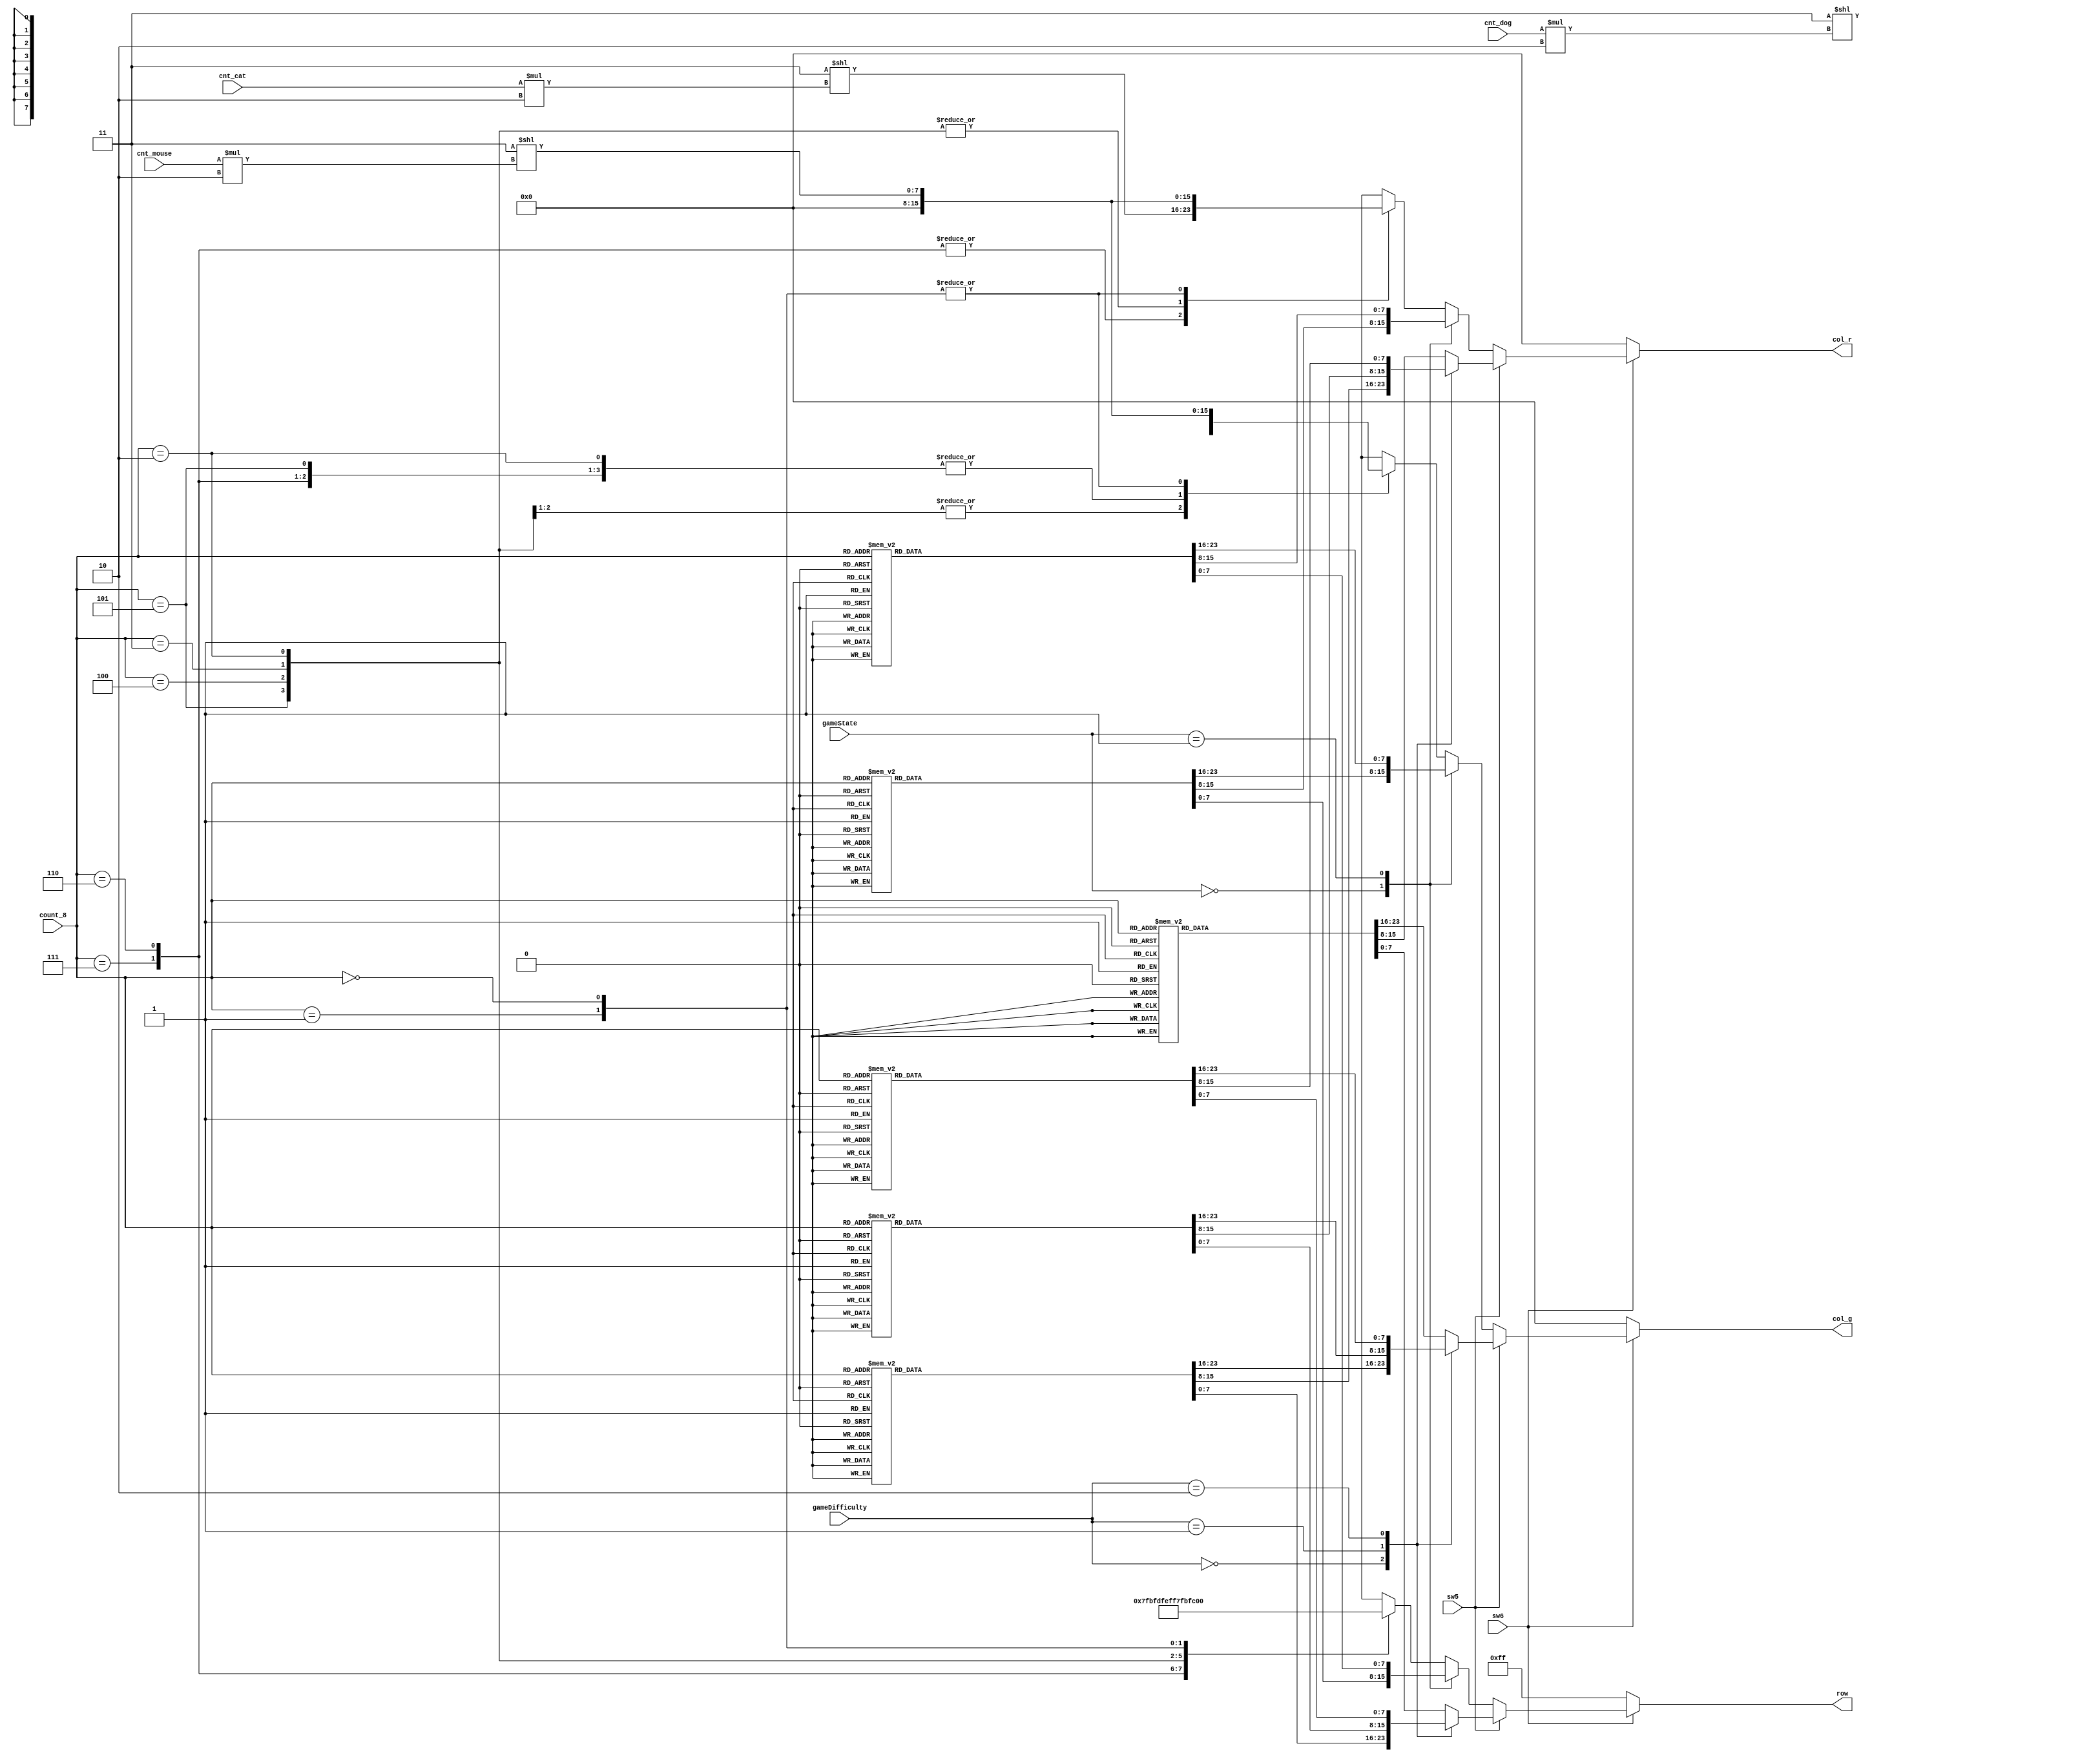
/**
 * DotMatrix
 * 
 */
module DotMatrix(
  input [2:0] count_8,
  input sw6,
  input sw5,
  input [1:0] gameDifficulty,
  input [1:0] gameState,

	input [1:0] cnt_cat,
	input [1:0] cnt_dog,
	input [1:0] cnt_mouse,

  output reg [7:0] row,
  output reg [7:0] col_r,
  output reg [7:0] col_g
);

always @(*)begin
	case (sw6)
		1'd1: 
			case (sw5)
				1'd1:
					case (gameDifficulty)
						0:				//  0
							case(count_8)
								3'd7:begin row = 8'b0111_1111;col_r = 8'b0000_0000;col_g = 8'b0000_0000;end
								3'd6:begin row = 8'b1011_1111;col_r = 8'b0000_0000;col_g = 8'b0000_0000;end
								3'd5:begin row = 8'b1101_1111;col_r = 8'b0000_0000;col_g = 8'b0000_0000;end
								3'd4:begin row = 8'b1110_1111;col_r = 8'b0000_0000;col_g = 8'b0000_0000;end
								3'd3:begin row = 8'b1111_0111;col_r = 8'b0000_0000;col_g = 8'b0010_0010;end
								3'd2:begin row = 8'b1111_1011;col_r = 8'b0000_0000;col_g = 8'b0110_1010;end
								3'd1:begin row = 8'b1111_1101;col_r = 8'b0000_0000;col_g = 8'b1110_1111;end
								3'd0:begin row = 8'b1111_1110;col_r = 8'b0000_0000;col_g = 8'b1111_1111;end
							endcase
						1:				//  1
							case(count_8)
								3'd7:begin row = 8'b0111_1111;col_r = 8'b0000_0000;col_g = 8'b0000_0000;end
								3'd6:begin row = 8'b1011_1111;col_r = 8'b0000_0000;col_g = 8'b0000_0000;end
								3'd5:begin row = 8'b1101_1111;col_r = 8'b0000_0000;col_g = 8'b1000_1000;end
								3'd4:begin row = 8'b1110_1111;col_r = 8'b0000_0000;col_g = 8'b1010_1010;end
								3'd3:begin row = 8'b1111_0111;col_r = 8'b0000_0000;col_g = 8'b1010_1011;end
								3'd2:begin row = 8'b1111_1011;col_r = 8'b0000_0000;col_g = 8'b1111_1111;end
								3'd1:begin row = 8'b1111_1101;col_r = 8'b0000_0000;col_g = 8'b1111_1111;end
								3'd0:begin row = 8'b1111_1110;col_r = 8'b0000_0000;col_g = 8'b1111_1111;end
							endcase
						2:				//  2
							case(count_8)
								3'd7:begin row = 8'b0111_1111;col_r = 8'b0000_0000;col_g = 8'b0000_0000;end
								3'd6:begin row = 8'b1011_1111;col_r = 8'b0000_0000;col_g = 8'b0000_0000;end
								3'd5:begin row = 8'b1101_1111;col_r = 8'b1000_1000;col_g = 8'b1000_1000;end
								3'd4:begin row = 8'b1110_1111;col_r = 8'b1010_1010;col_g = 8'b1010_1010;end
								3'd3:begin row = 8'b1111_0111;col_r = 8'b1010_1011;col_g = 8'b1010_1011;end
								3'd2:begin row = 8'b1111_1011;col_r = 8'b1111_1111;col_g = 8'b1111_1111;end
								3'd1:begin row = 8'b1111_1101;col_r = 8'b1111_1111;col_g = 8'b1111_1111;end
								3'd0:begin row = 8'b1111_1110;col_r = 8'b1111_1111;col_g = 8'b1111_1111;end
							endcase
						default:		//  3
							case(count_8)
								3'd7:begin row = 8'b0111_1111;col_r = 8'b0010_1000;col_g = 8'b0000_0000;end
								3'd6:begin row = 8'b1011_1111;col_r = 8'b0011_1000;col_g = 8'b0000_0000;end
								3'd5:begin row = 8'b1101_1111;col_r = 8'b0011_1010;col_g = 8'b0000_0000;end
								3'd4:begin row = 8'b1110_1111;col_r = 8'b0111_1110;col_g = 8'b0000_0000;end
								3'd3:begin row = 8'b1111_0111;col_r = 8'b1111_1111;col_g = 8'b0000_0000;end
								3'd2:begin row = 8'b1111_1011;col_r = 8'b1111_1111;col_g = 8'b0000_0000;end
								3'd1:begin row = 8'b1111_1101;col_r = 8'b1111_1111;col_g = 8'b0000_0000;end
								3'd0:begin row = 8'b1111_1110;col_r = 8'b1111_1111;col_g = 8'b0000_0000;end
							endcase
					endcase
				default:		// 
					case (gameState)
						0:			// 
							case(count_8)
								3'd7:begin row = 8'b0111_1111;col_r = 8'b1100_0011;col_g = 8'b0000_0000;end
								3'd6:begin row = 8'b1011_1111;col_r = 8'b1110_0111;col_g = 8'b0000_0000;end
								3'd5:begin row = 8'b1101_1111;col_r = 8'b0111_1110;col_g = 8'b0000_0000;end
								3'd4:begin row = 8'b1110_1111;col_r = 8'b0011_1100;col_g = 8'b0000_0000;end
								3'd3:begin row = 8'b1111_0111;col_r = 8'b0011_1100;col_g = 8'b0000_0000;end
								3'd2:begin row = 8'b1111_1011;col_r = 8'b0111_1110;col_g = 8'b0000_0000;end
								3'd1:begin row = 8'b1111_1101;col_r = 8'b1110_0111;col_g = 8'b0000_0000;end
								3'd0:begin row = 8'b1111_1110;col_r = 8'b1100_0011;col_g = 8'b0000_0000;end
							endcase
						1:			// 
							case(count_8)
								3'd7:begin row = 8'b0111_1111;col_r = 8'b0000_0000;col_g = 8'b0000_0000;end
								3'd6:begin row = 8'b1011_1111;col_r = 8'b0000_0000;col_g = 8'b1000_0000;end
								3'd5:begin row = 8'b1101_1111;col_r = 8'b0000_0000;col_g = 8'b1100_0000;end
								3'd4:begin row = 8'b1110_1111;col_r = 8'b0000_0000;col_g = 8'b0110_0001;end
								3'd3:begin row = 8'b1111_0111;col_r = 8'b0000_0000;col_g = 8'b0011_0011;end
								3'd2:begin row = 8'b1111_1011;col_r = 8'b0000_0000;col_g = 8'b0001_1110;end
								3'd1:begin row = 8'b1111_1101;col_r = 8'b0000_0000;col_g = 8'b0000_1100;end
								3'd0:begin row = 8'b1111_1110;col_r = 8'b0000_0000;col_g = 8'b0000_0000;end
							endcase
						default:	// 
							case(count_8)
								3'd7:begin row = 8'b0111_1111;col_r = 8'b0000_0011<<(cnt_cat*2);col_g = 8'b0000_0000;end
								3'd6:begin row = 8'b1011_1111;col_r = 8'b0000_0011<<(cnt_cat*2);col_g = 8'b0000_0000;end
								3'd5:begin row = 8'b1101_1111;col_r = 8'b0000_0000;col_g = 8'b0000_0000;end
								3'd4:begin row = 8'b1110_1111;col_r = 8'b0000_0000;col_g = 8'b0000_0011<<(cnt_dog*2);end
								3'd3:begin row = 8'b1111_0111;col_r = 8'b0000_0000;col_g = 8'b0000_0011<<(cnt_dog*2);end
								3'd2:begin row = 8'b1111_1011;col_r = 8'b0000_0000;col_g = 8'b0000_0000;end
								3'd1:begin row = 8'b1111_1101;col_r = 8'b0000_0011<<(cnt_mouse*2);col_g = 8'b0000_0011<<(cnt_mouse*2);end
								3'd0:begin row = 8'b1111_1110;col_r = 8'b0000_0011<<(cnt_mouse*2);col_g = 8'b0000_0011<<(cnt_mouse*2);end
							endcase
					endcase
			endcase
		default: begin row = 8'b1111_1111;col_r = 8'b0000_0000;col_g = 8'b0000_0000;end
	endcase
end

endmodule